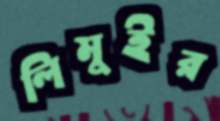
লিমুইর